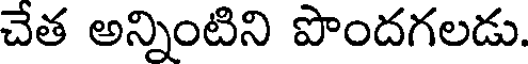
చేత అన్నింటిని పొందగలడు.